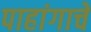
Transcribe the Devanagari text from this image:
पाहांगाचे